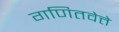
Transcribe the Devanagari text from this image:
गणितवेत्ते